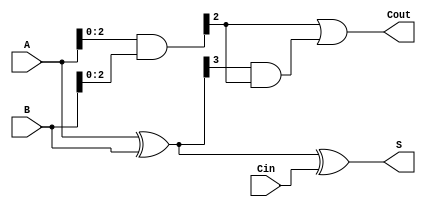
module carry_lookahead_subtractor (
    input wire [3:0] A,   // 4-bit input A
    input wire [3:0] B,   // 4-bit input B
    input wire Cin,       // Carry-in signal for the subtractor
    output wire [3:0] S,  // 4-bit output difference
    output wire Cout      // Carry-out signal
);

// Internal signals
wire [3:0] P;           // Generate signals
wire [3:0] G;           // Propagate signals
wire [3:0] C;           // Carry signals
wire [3:0] D;           // Difference signals

// Carry Lookahead Logic
assign P = A ^ B;         // Generate signals
assign G = A & B;         // Propagate signals

assign C[0] = Cin | (P[0] & Cin); // Compute carry signals
assign C[1] = G[0] | (P[1] & G[0]);
assign C[2] = G[1] | (P[2] & G[1]);
assign C[3] = G[2] | (P[3] & G[2]);

// XOR gates for Subtraction
assign D = A ^ B ^ Cin;    // Compute difference signals

assign S = D;           // Output difference
assign Cout = C[3];     // Output carry-out signal

endmodule